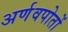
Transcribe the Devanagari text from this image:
अर्णवपोतों